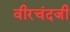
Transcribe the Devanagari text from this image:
वीरचंदजी